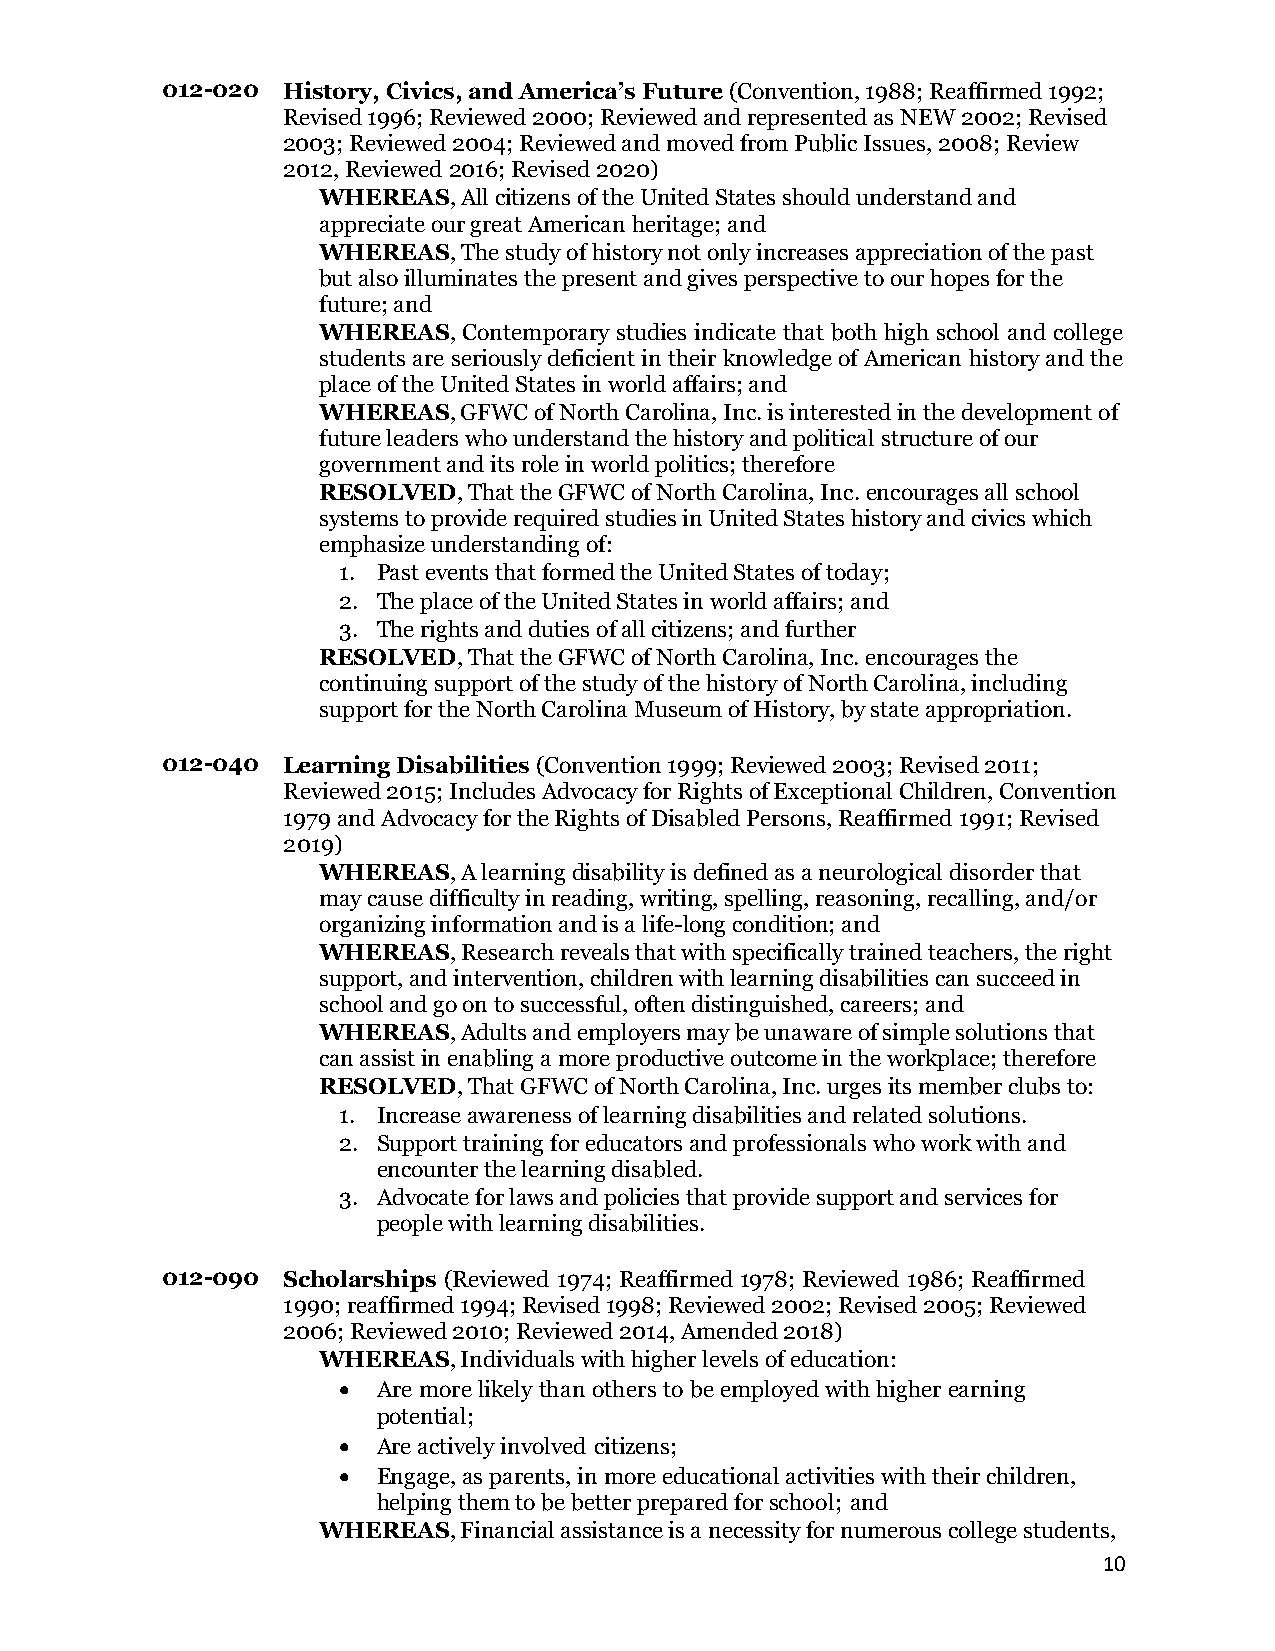
012-020 History, Civics, and America’s Future (Convention, 1988; Reaffirmed 1992;
 Revised 1996; Reviewed 2000; Reviewed and represented as NEW 2002; Revised
 2003; Reviewed 2004; Reviewed and moved from Public Issues, 2008; Review
 2012, Reviewed 2016; Revised 2020)
 WHEREAS,  All citizens of the United States should understand and
 appreciate our great American heritage; and
 WHEREAS,  The study of history not only increases appreciation of the past
 but also illuminates the present and gives perspective to our hopes for the
 future; and
 WHEREAS,  Contemporary studies indicate that both high school and college
 students are seriously deficient in their knowledge of American history and the
 place of the United States in world affairs; and
 WHEREAS,  GFWC of North Carolina, Inc. is interested in the development of
 future leaders who understand the history and political structure of our
 government and its role in world politics; therefore
 RESOLVED, That the GFWC of North Carolina, Inc. encourages all school
 systems to provide required studies in United States history and civics which
 emphasize understanding of:
 1. Past events that formed the United States of today;
 2. The place of the United States in world affairs; and
 3. The rights and duties of all citizens; and further
 RESOLVED, That the GFWC of North Carolina, Inc. encourages the
 continuing support of the study of the history of North Carolina, including
 support for the North Carolina Museum of History, by state appropriation.
 012-040 Learning Disabilities (Convention 1999; Reviewed 2003; Revised 2011;
 Reviewed 2015; Includes Advocacy for Rights of Exceptional Children, Convention
 1979 and Advocacy for the Rights of Disabled Persons, Reaffirmed 1991; Revised
 2019)
 WHEREAS,  A learning disability is defined as a neurological disorder that
 may cause difficulty in reading, writing, spelling, reasoning, recalling, and/or
 organizing information and is a life-long condition; and
 WHEREAS,  Research reveals that with specifically trained teachers, the right
 support, and intervention, children with learning disabilities can succeed in
 school and go on to successful, often distinguished, careers; and
 WHEREAS,  Adults and employers may be unaware of simple solutions that
 can assist in enabling a more productive outcome in the workplace; therefore
 RESOLVED, That GFWC of North Carolina, Inc. urges its member clubs to:
 1. Increase awareness of learning disabilities and related solutions.
 2. Support training for educators and professionals who work with and
 encounter the learning disabled.
 3. Advocate for laws and policies that provide support and services for
 people with learning disabilities.
 012-090 Scholarships (Reviewed 1974; Reaffirmed 1978; Reviewed 1986; Reaffirmed
 1990; reaffirmed 1994; Revised 1998; Reviewed 2002; Revised 2005; Reviewed
 2006; Reviewed 2010; Reviewed 2014, Amended 2018)
 WHEREAS,  Individuals with higher levels of education:
 •  Are more likely than others to be employed with higher earning
 potential;
 •  Are actively involved citizens;
 •  Engage, as parents, in more educational activities with their children,
 helping them to be better prepared for school; and
 WHEREAS,  Financial assistance is a necessity for numerous college students,
 10